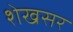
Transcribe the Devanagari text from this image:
शेखसर